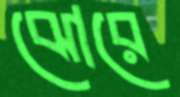
ঝোরে